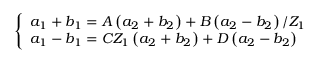
\left\{ \begin{array} { l } { a _ { 1 } + b _ { 1 } = A \left( a _ { 2 } + b _ { 2 } \right) + B \left( a _ { 2 } - b _ { 2 } \right) / Z _ { 1 } } \\ { a _ { 1 } - b _ { 1 } = C Z _ { 1 } \left( a _ { 2 } + b _ { 2 } \right) + D \left( a _ { 2 } - b _ { 2 } \right) } \end{array} \right.